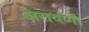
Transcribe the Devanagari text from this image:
अरावणा